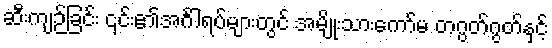
ဆီးကျဉ်ခြင်း ၎င်း၏အင်္ဂါရပ်များတွင် အမျိုးသားကော်မ တဂွတ်ဂွတ်နှင့်